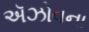
ઍઝોવના